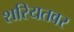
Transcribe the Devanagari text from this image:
शरियतवर